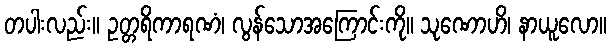
တပါးလည်း။ ဥတ္တရိကာရဏံ၊ လွန်သောအကြောင်းကို။ သုဏောဟိ၊ နာယူလော။